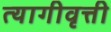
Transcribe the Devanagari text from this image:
त्यागीवृत्ती